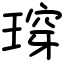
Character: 瑏